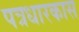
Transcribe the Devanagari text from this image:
पत्रधारकास